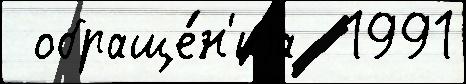
 обраще́н'иjа  1991